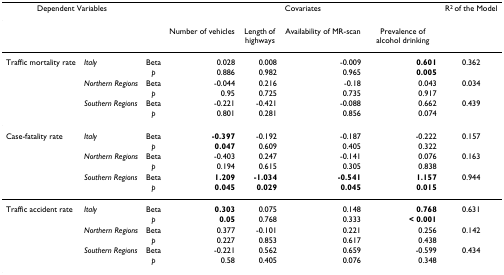
<table><thead><tr><td colspan="2"><b>Dependent Variables</b></td><td></td><td colspan="4"><b>Covariates</b></td><td><b>R<sup>2 </sup>of the Model</b></td></tr></thead><tbody><tr><td></td><td></td><td></td><td>Number of vehicles</td><td>Length of highways</td><td>Availability of MR-scan</td><td>Prevalence of alcohol drinking</td><td></td></tr><tr><td>Traffic mortality rate</td><td><i>Italy</i></td><td>Beta</td><td>0.028</td><td>0.008</td><td>-0.009</td><td><b>0.601</b></td><td>0.362</td></tr><tr><td></td><td></td><td><i>p</i></td><td>0.886</td><td>0.982</td><td>0.965</td><td><b>0.005</b></td><td></td></tr><tr><td></td><td><i>Northern Regions</i></td><td>Beta</td><td>-0.044</td><td>0.216</td><td>-0.18</td><td>0.043</td><td>0.034</td></tr><tr><td></td><td></td><td><i>p</i></td><td>0.95</td><td>0.725</td><td>0.735</td><td>0.917</td><td></td></tr><tr><td></td><td><i>Southern Regions</i></td><td>Beta</td><td>-0.221</td><td>-0.421</td><td>-0.088</td><td>0.662</td><td>0.439</td></tr><tr><td></td><td></td><td><i>p</i></td><td>0.801</td><td>0.281</td><td>0.856</td><td>0.074</td><td></td></tr><tr><td>Case-fatality rate</td><td><i>Italy</i></td><td>Beta</td><td><b>-0.397</b></td><td>-0.192</td><td>-0.187</td><td>-0.222</td><td>0.157</td></tr><tr><td></td><td></td><td><i>p</i></td><td><b>0.047</b></td><td>0.609</td><td>0.405</td><td>0.322</td><td></td></tr><tr><td></td><td><i>Northern Regions</i></td><td>Beta</td><td>-0.403</td><td>0.247</td><td>-0.141</td><td>0.076</td><td>0.163</td></tr><tr><td></td><td></td><td><i>p</i></td><td>0.194</td><td>0.615</td><td>0.305</td><td>0.838</td><td></td></tr><tr><td></td><td><i>Southern Regions</i></td><td>Beta</td><td><b>1.209</b></td><td><b>-1.034</b></td><td><b>-0.541</b></td><td><b>1.157</b></td><td>0.944</td></tr><tr><td></td><td></td><td><i>p</i></td><td><b>0.045</b></td><td><b>0.029</b></td><td><b>0.045</b></td><td><b>0.015</b></td><td></td></tr><tr><td>Traffic accident rate</td><td><i>Italy</i></td><td>Beta</td><td><b>0.303</b></td><td>0.075</td><td>0.148</td><td><b>0.768</b></td><td>0.631</td></tr><tr><td></td><td></td><td><i>p</i></td><td><b>0.05</b></td><td>0.768</td><td>0.333</td><td><b>&lt; 0.001</b></td><td></td></tr><tr><td></td><td><i>Northern Regions</i></td><td>Beta</td><td>0.377</td><td>-0.101</td><td>0.221</td><td>0.256</td><td>0.142</td></tr><tr><td></td><td></td><td><i>p</i></td><td>0.227</td><td>0.853</td><td>0.617</td><td>0.438</td><td></td></tr><tr><td></td><td><i>Southern Regions</i></td><td>Beta</td><td>-0.221</td><td>0.562</td><td>0.659</td><td>-0.599</td><td>0.434</td></tr><tr><td></td><td></td><td><i>p</i></td><td>0.58</td><td>0.405</td><td>0.076</td><td>0.348</td><td></td></tr></tbody></table>